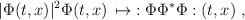
LaTeX: \begin{align*}|\Phi (t,x)|^2 \Phi (t,x)\, \mapsto \; : \Phi \Phi^* \Phi : (t,x)\; ,\end{align*}